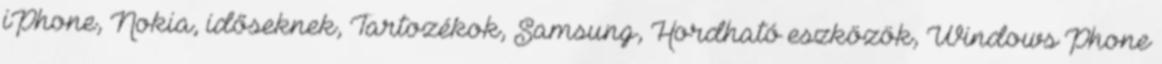
iPhone, Nokia, időseknek, Tartozékok, Samsung, Hordható eszközök, Windows Phone